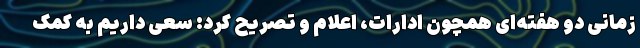
زمانی دو هفته‌ای همچون ادارات، اعلام و تصریح کرد: سعی داریم به کمک